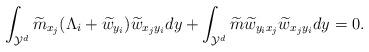
LaTeX: \begin{align*} \int_{\mathcal{Y}^d}\widetilde{m}_{x_j} (\Lambda_i+\widetilde{w}_{y_i})\widetilde{w}_{x_jy_i}dy+\int_{\mathcal{Y}^d}\widetilde{m}\widetilde{w}_{y_ix_j}\widetilde{w}_{x_jy_i}dy=0. \end{align*}